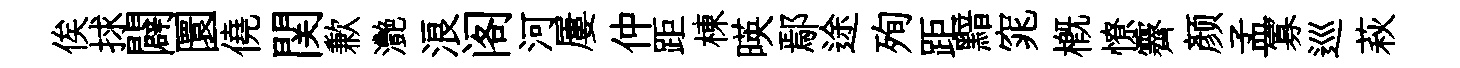
俟捄闢圜僥関歉灧浪阁河屢仲距棟暎鄢途殉距黯窕概憭霽颜孟寡巡萩